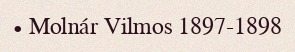
• Molnár Vilmos 1897-1898